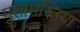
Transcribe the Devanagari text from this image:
गुलामस्त्रिया